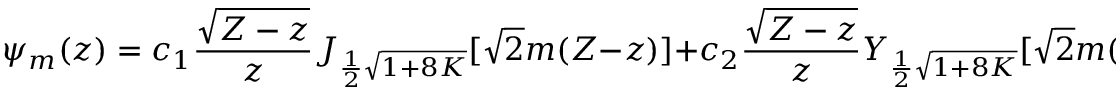
\psi _ { m } ( z ) = c _ { 1 } { \frac { \sqrt { { \cal Z } - z } } { z } } J _ { { \frac { 1 } { 2 } } \sqrt { 1 + 8 K } } [ \sqrt { 2 } m ( { \cal Z } - z ) ] + c _ { 2 } { \frac { \sqrt { { \cal Z } - z } } { z } } Y _ { { \frac { 1 } { 2 } } \sqrt { 1 + 8 K } } [ \sqrt { 2 } m ( { \cal Z } - z ) ] \, ,